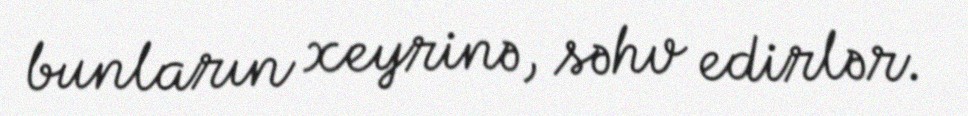
bunların xeyrinə, səhv edirlər.